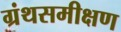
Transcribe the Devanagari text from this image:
ग्रंथसमीक्षण